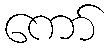
ကော်